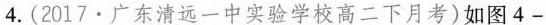
4.(2017·广东清远一中实验学校高二下月考)如图4-